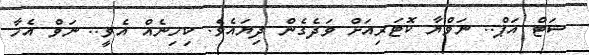
ޝަޓް އަޕް.. ނަވްޔާ ކޮޓަރިއަށް ވަދެގެން ދިޔައެެވެ. ކިހިނެއް އެވީ.. ނަވް އެހާ